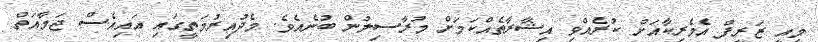
މިއީ ޒަރީފް އެމެރިކާއަށް ކުރެއްވި އިޝާރާތެއްކަމަށް މުރާސިލުން ބުނެއެވެ. މެދުއިރުމަތީގައި އައިއެސް ޖަމާއަތް